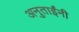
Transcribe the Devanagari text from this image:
अनुताईंनी